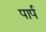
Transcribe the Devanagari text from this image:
पार्प